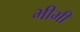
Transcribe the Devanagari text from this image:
भीमी